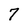
Character: 7